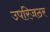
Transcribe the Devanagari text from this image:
उपरिजठर